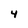
Character: 4